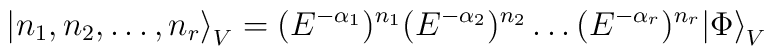
{\left|n_1,n_2,\dots,n_r \right \rangle}_V =(E^{-\alpha_1})^{n_1}(E^{-\alpha_2})^{n_2}\dots (E^{-\alpha_r})^{n_r}{|\Phi \rangle}_V